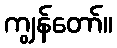
ကျွန်တော်။